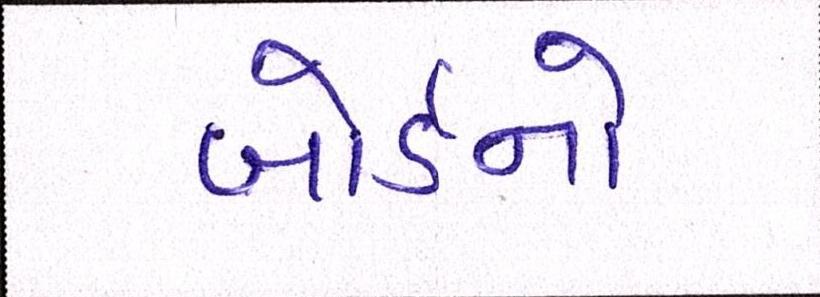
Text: બોર્ડનો